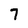
Character: 7